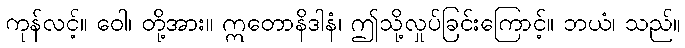
ကုန်လင့်။ ဝေါ၊ တို့အား။ ဣတောနိဒါနံ၊ ဤသို့လှုပ်ခြင်းကြောင့်။ ဘယံ၊ သည်။